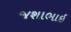
જશાભાઇ